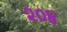
૨૦૪